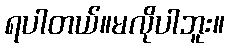
ရပါတယ်။မလိုပါဘူး။